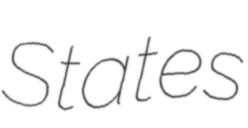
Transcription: States